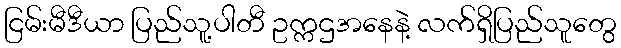
ငြမ်းမီဒီယာ ပြည်သူ့ပါတီ ဥက္ကဌအနေနဲ့ လက်ရှိပြည်သူတွေ